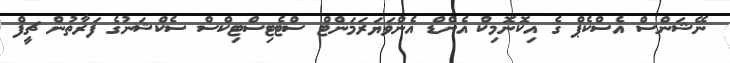
ނޭޝަންސް އެސްކެޕް ގެ އިކޮނޮމިކް އެންޑް އެންވަޔަރަމަންޓް ސްޓެޓިސްޓިކްސް ސެކްޝަނުގެ ފަރާތުން ޗީފް